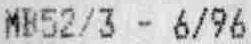
MB52/3 - 6/96